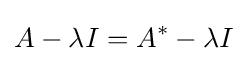
A-\lambda I=A^{*}-\lambda I